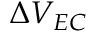
\Delta V _ { E C }